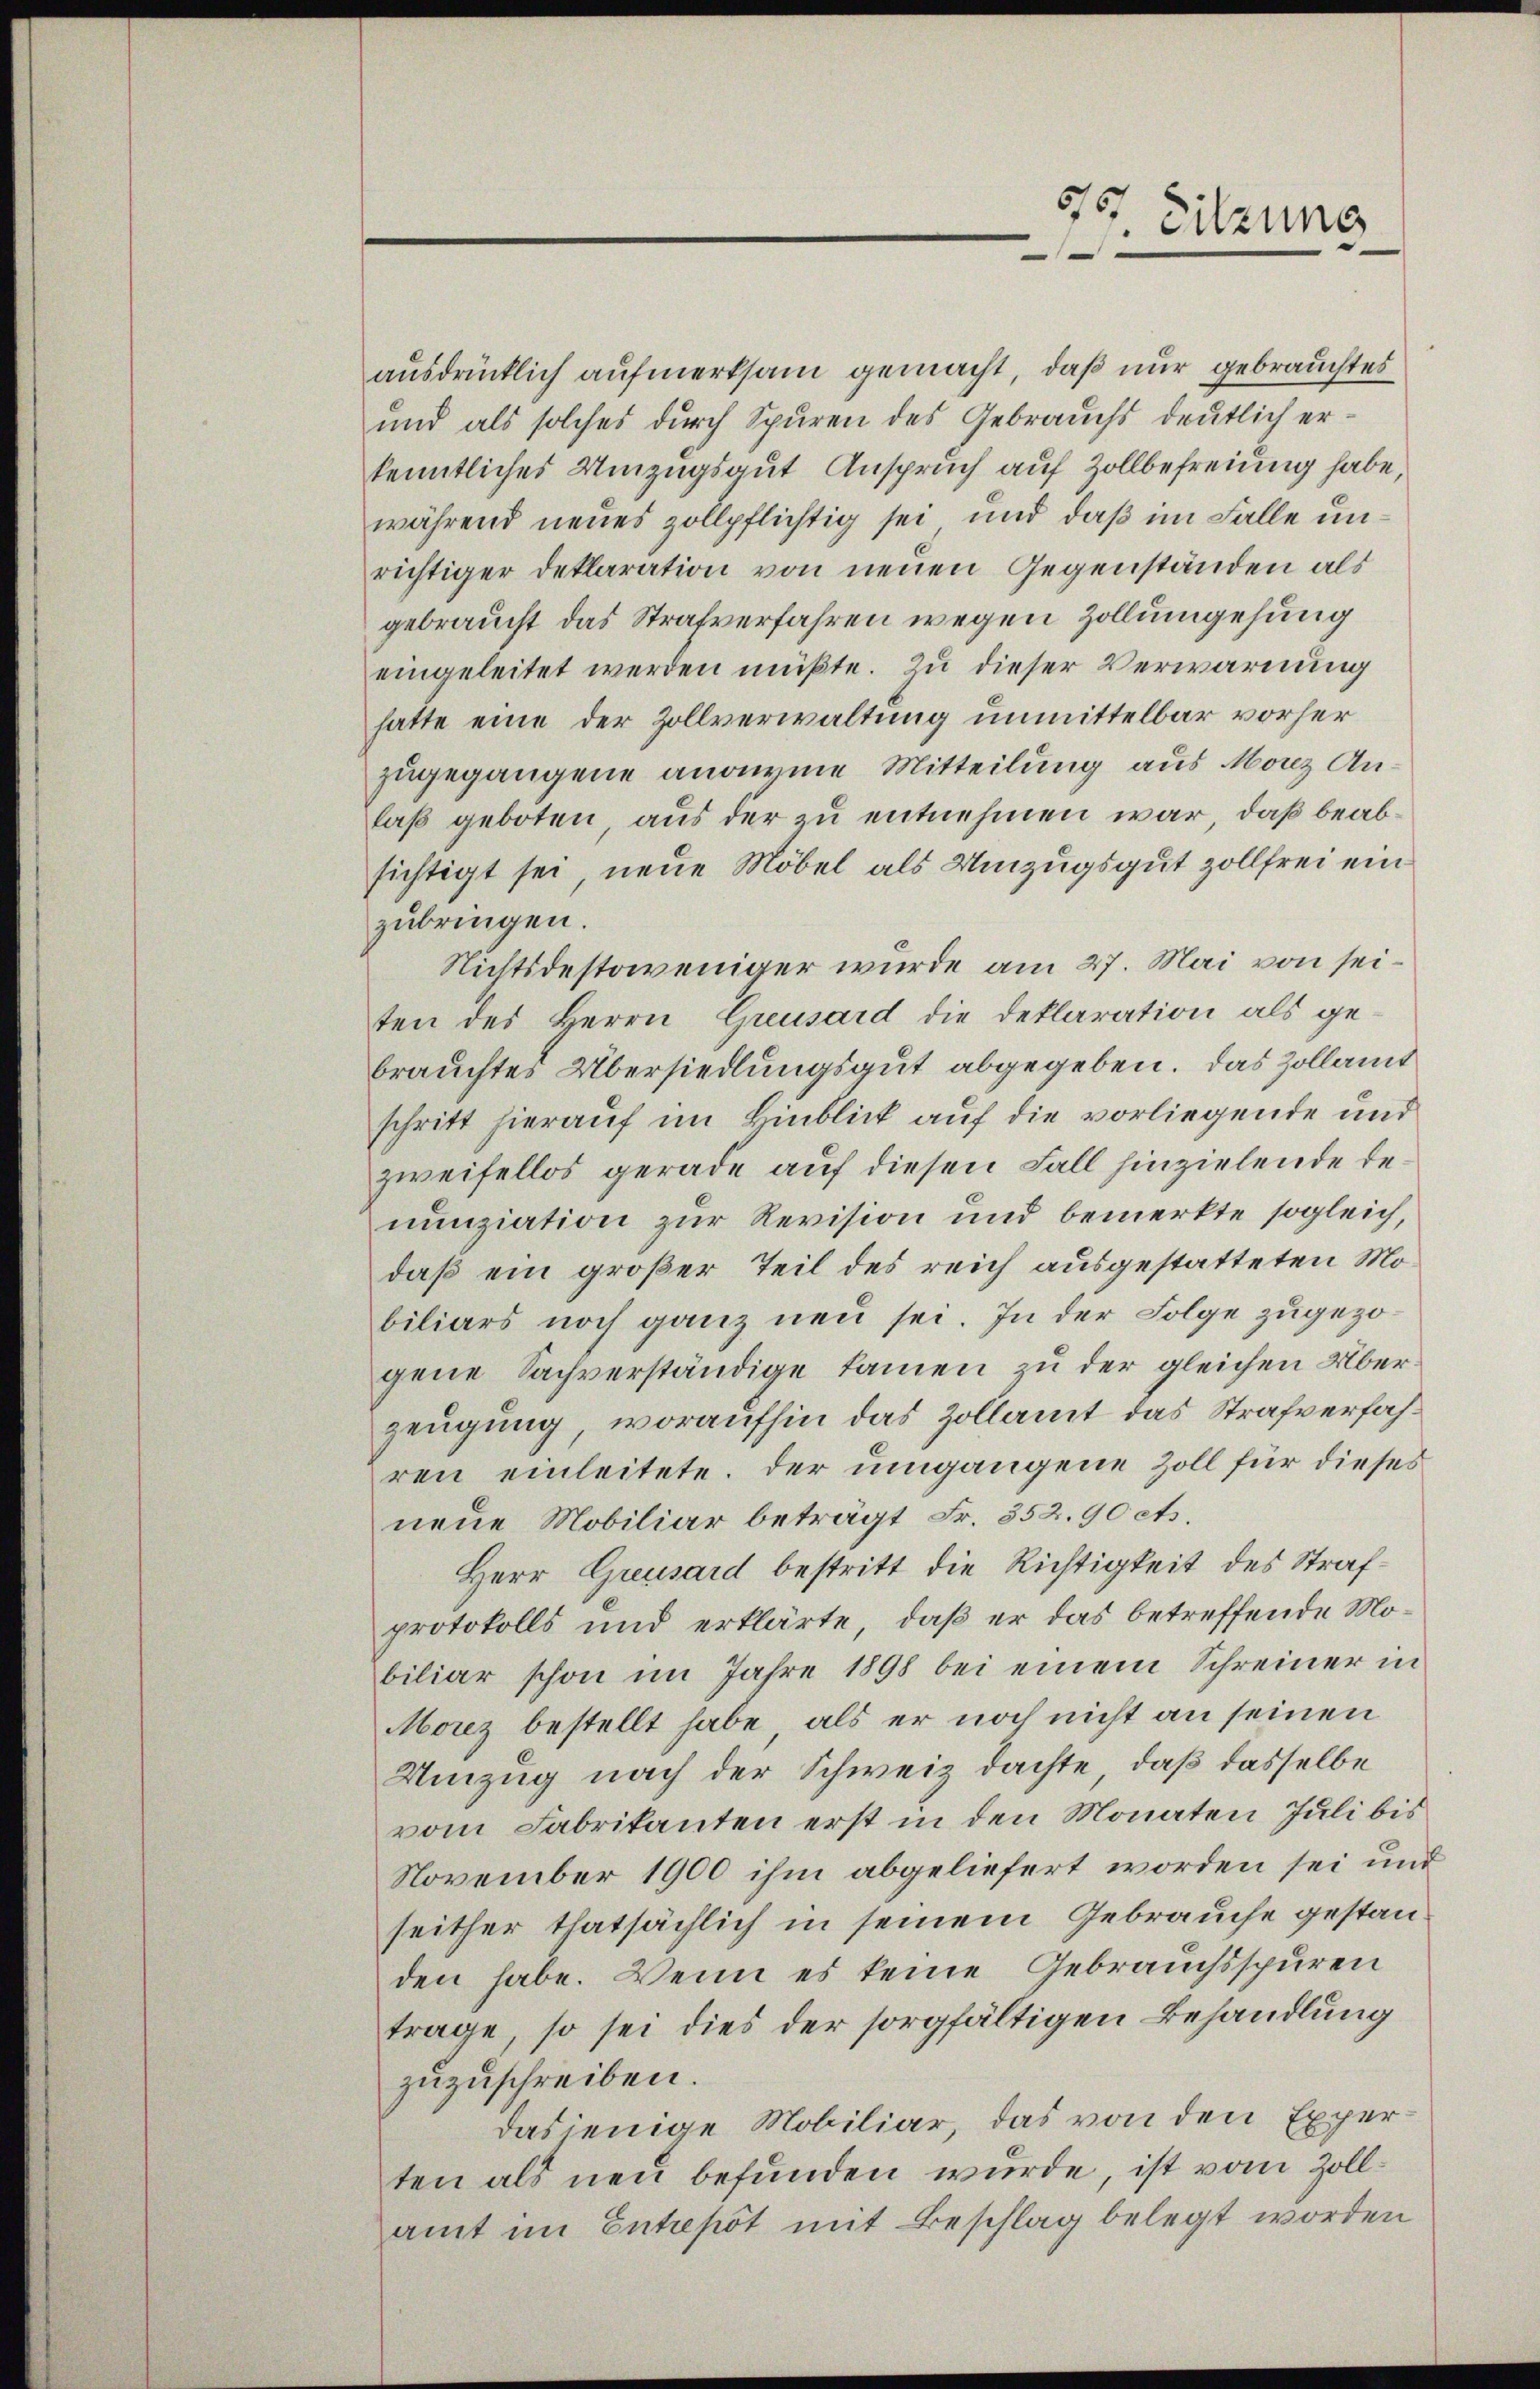
ausdrücklich aufmerksam gemacht, daß nur gebrauchtes
und als solches durch Spuren des Gebrauchs deutlich erkenntliches Umzugsgut Anspruch auf Zollbefreiung habe,
während neues zollpflichtig sei und daß im Falle unrichtiger Deklaration von neuen Gegenständen als
gebraucht das Strafverfahren wegen Zollumgehung
eingeleitet werden müßte. Zu dieser Verwarnung
hatte eine der Zollverwaltung unmittelbar vorher
zugegangene anorme Mitteilung aus Monz Anlaß geboten aus der zu entnehmen war, daß beabsichtigt sei, neue Möbel als Umzugsgut zollfrei ein
zubringen.
Nichtsdestoweniger wurde am 27. Mai von seiten des Herrn Greusard die Deklaration als gebrauchtes Übersiedlungsgut abgegeben. Das Zollamt
schritt hierauf im Hinblick auf die vorliegende und
zweifellos gerade auf diesen Fall hinzielende Renunziation zur Revision und bemerkte sogleich,
daß ein großer Teil des reich ausgestatteten Mobiliars noch ganz neu sei. In der Folge zugezogene Sachverständige kamen zu der gleichen Überzeugung, woraufhin das Zollamt das Strafverfahren einleitete. Der umgangene Zoll für dieses
neue Mobiliar beträgt Fr. 352. 90 cts.
Herr Greusard bestritt die Richtigkeit des Strafprotokolls und erklärte, daß er das betreffende Mobiliar schon im Jahre 1898 bei einem Schreiner in
Morz bestellt habe, als er noch nicht an seinen
Umzug nach der Schweiz dachte, daß dasselbe
vom Fabrikanten erst in den Monaten Juli bis
November 1900 ihm abgeliefert worden sei und
seither thatsächlich in seinem Gebrauche gestanden habe. Wenn es keine Gebrauchsspuren
trage, so sei dies der sorgfältigen Behandlung
zuzuschreiben.
dasjenige Mobiliar, das von den Experten als neu befunden wurde, ist vom Zollamt im Entrepot mit Beschlag belegt worden

Sitzung
.